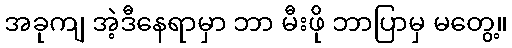
အခုကျ အဲ့ဒီနေရာမှာ ဘာ မီးဖို ဘာပြာမှ မတွေ့။